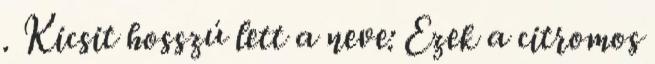
. Kicsit hosszú lett a neve: Ezek a citromos